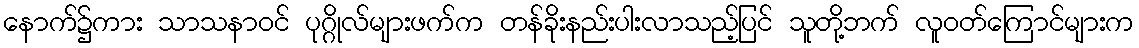
နောက်၌ကား သာသနာဝင် ပုဂ္ဂိုလ်များဖက်က တန်ခိုးနည်းပါးလာသည့်ပြင် သူတို့ဘက် လူဝတ်ကြောင်များက